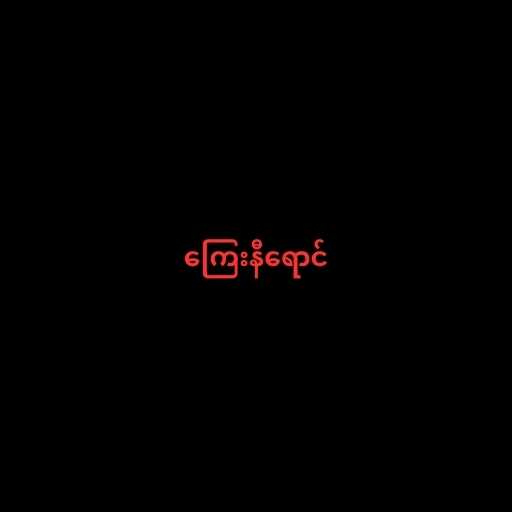
ကြေးနီရောင်